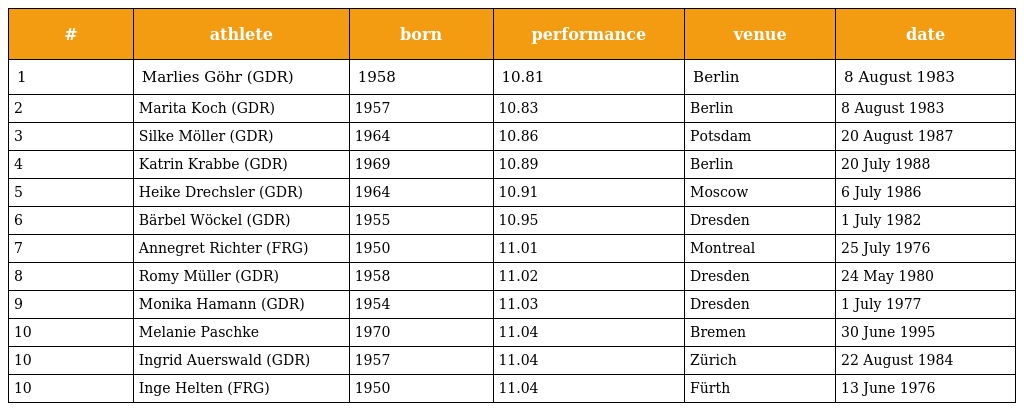
| # | athlete | born | performance | venue | date |
 | --- | --- | --- | --- | --- | --- |
 | 1 | Marlies Göhr (GDR) | 1958 | 10.81 | Berlin | 8 August 1983 |
 | 2 | Marita Koch (GDR) | 1957 | 10.83 | Berlin | 8 August 1983 |
 | 3 | Silke Möller (GDR) | 1964 | 10.86 | Potsdam | 20 August 1987 |
 | 4 | Katrin Krabbe (GDR) | 1969 | 10.89 | Berlin | 20 July 1988 |
 | 5 | Heike Drechsler (GDR) | 1964 | 10.91 | Moscow | 6 July 1986 |
 | 6 | Bärbel Wöckel (GDR) | 1955 | 10.95 | Dresden | 1 July 1982 |
 | 7 | Annegret Richter (FRG) | 1950 | 11.01 | Montreal | 25 July 1976 |
 | 8 | Romy Müller (GDR) | 1958 | 11.02 | Dresden | 24 May 1980 |
 | 9 | Monika Hamann (GDR) | 1954 | 11.03 | Dresden | 1 July 1977 |
 | 10 | Melanie Paschke | 1970 | 11.04 | Bremen | 30 June 1995 |
 | 10 | Ingrid Auerswald (GDR) | 1957 | 11.04 | Zürich | 22 August 1984 |
 | 10 | Inge Helten (FRG) | 1950 | 11.04 | Fürth | 13 June 1976 |